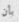
بأن